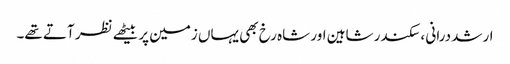
ارشد درانی ، سکندر شاہین اور شاہ رخ بھی یہاں زمین پر بیٹھے نظر آتے تھے۔